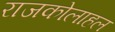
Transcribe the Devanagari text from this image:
राजकोलाहल